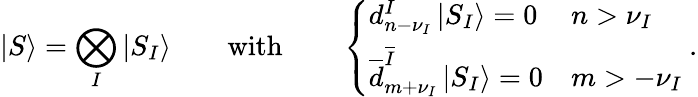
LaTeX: \left|S\right\rangle=\bigotimes_{I}\left|S_{I}\right\rangle\qquad\mathrm{with}\qquad\left\{ \begin{array}{ll}{{d_{n-\nu_{I}}^{I}\left|S_{I}\right\rangle=0}}&{{n>\nu_{I}}}\\ {{\overline{{{d}}}_{m+\nu_{I}}^{\overline{{{I}}}}\left|S_{I}\right\rangle=0}}&{{m>-\nu_{I}}}\end{array}\right.~.